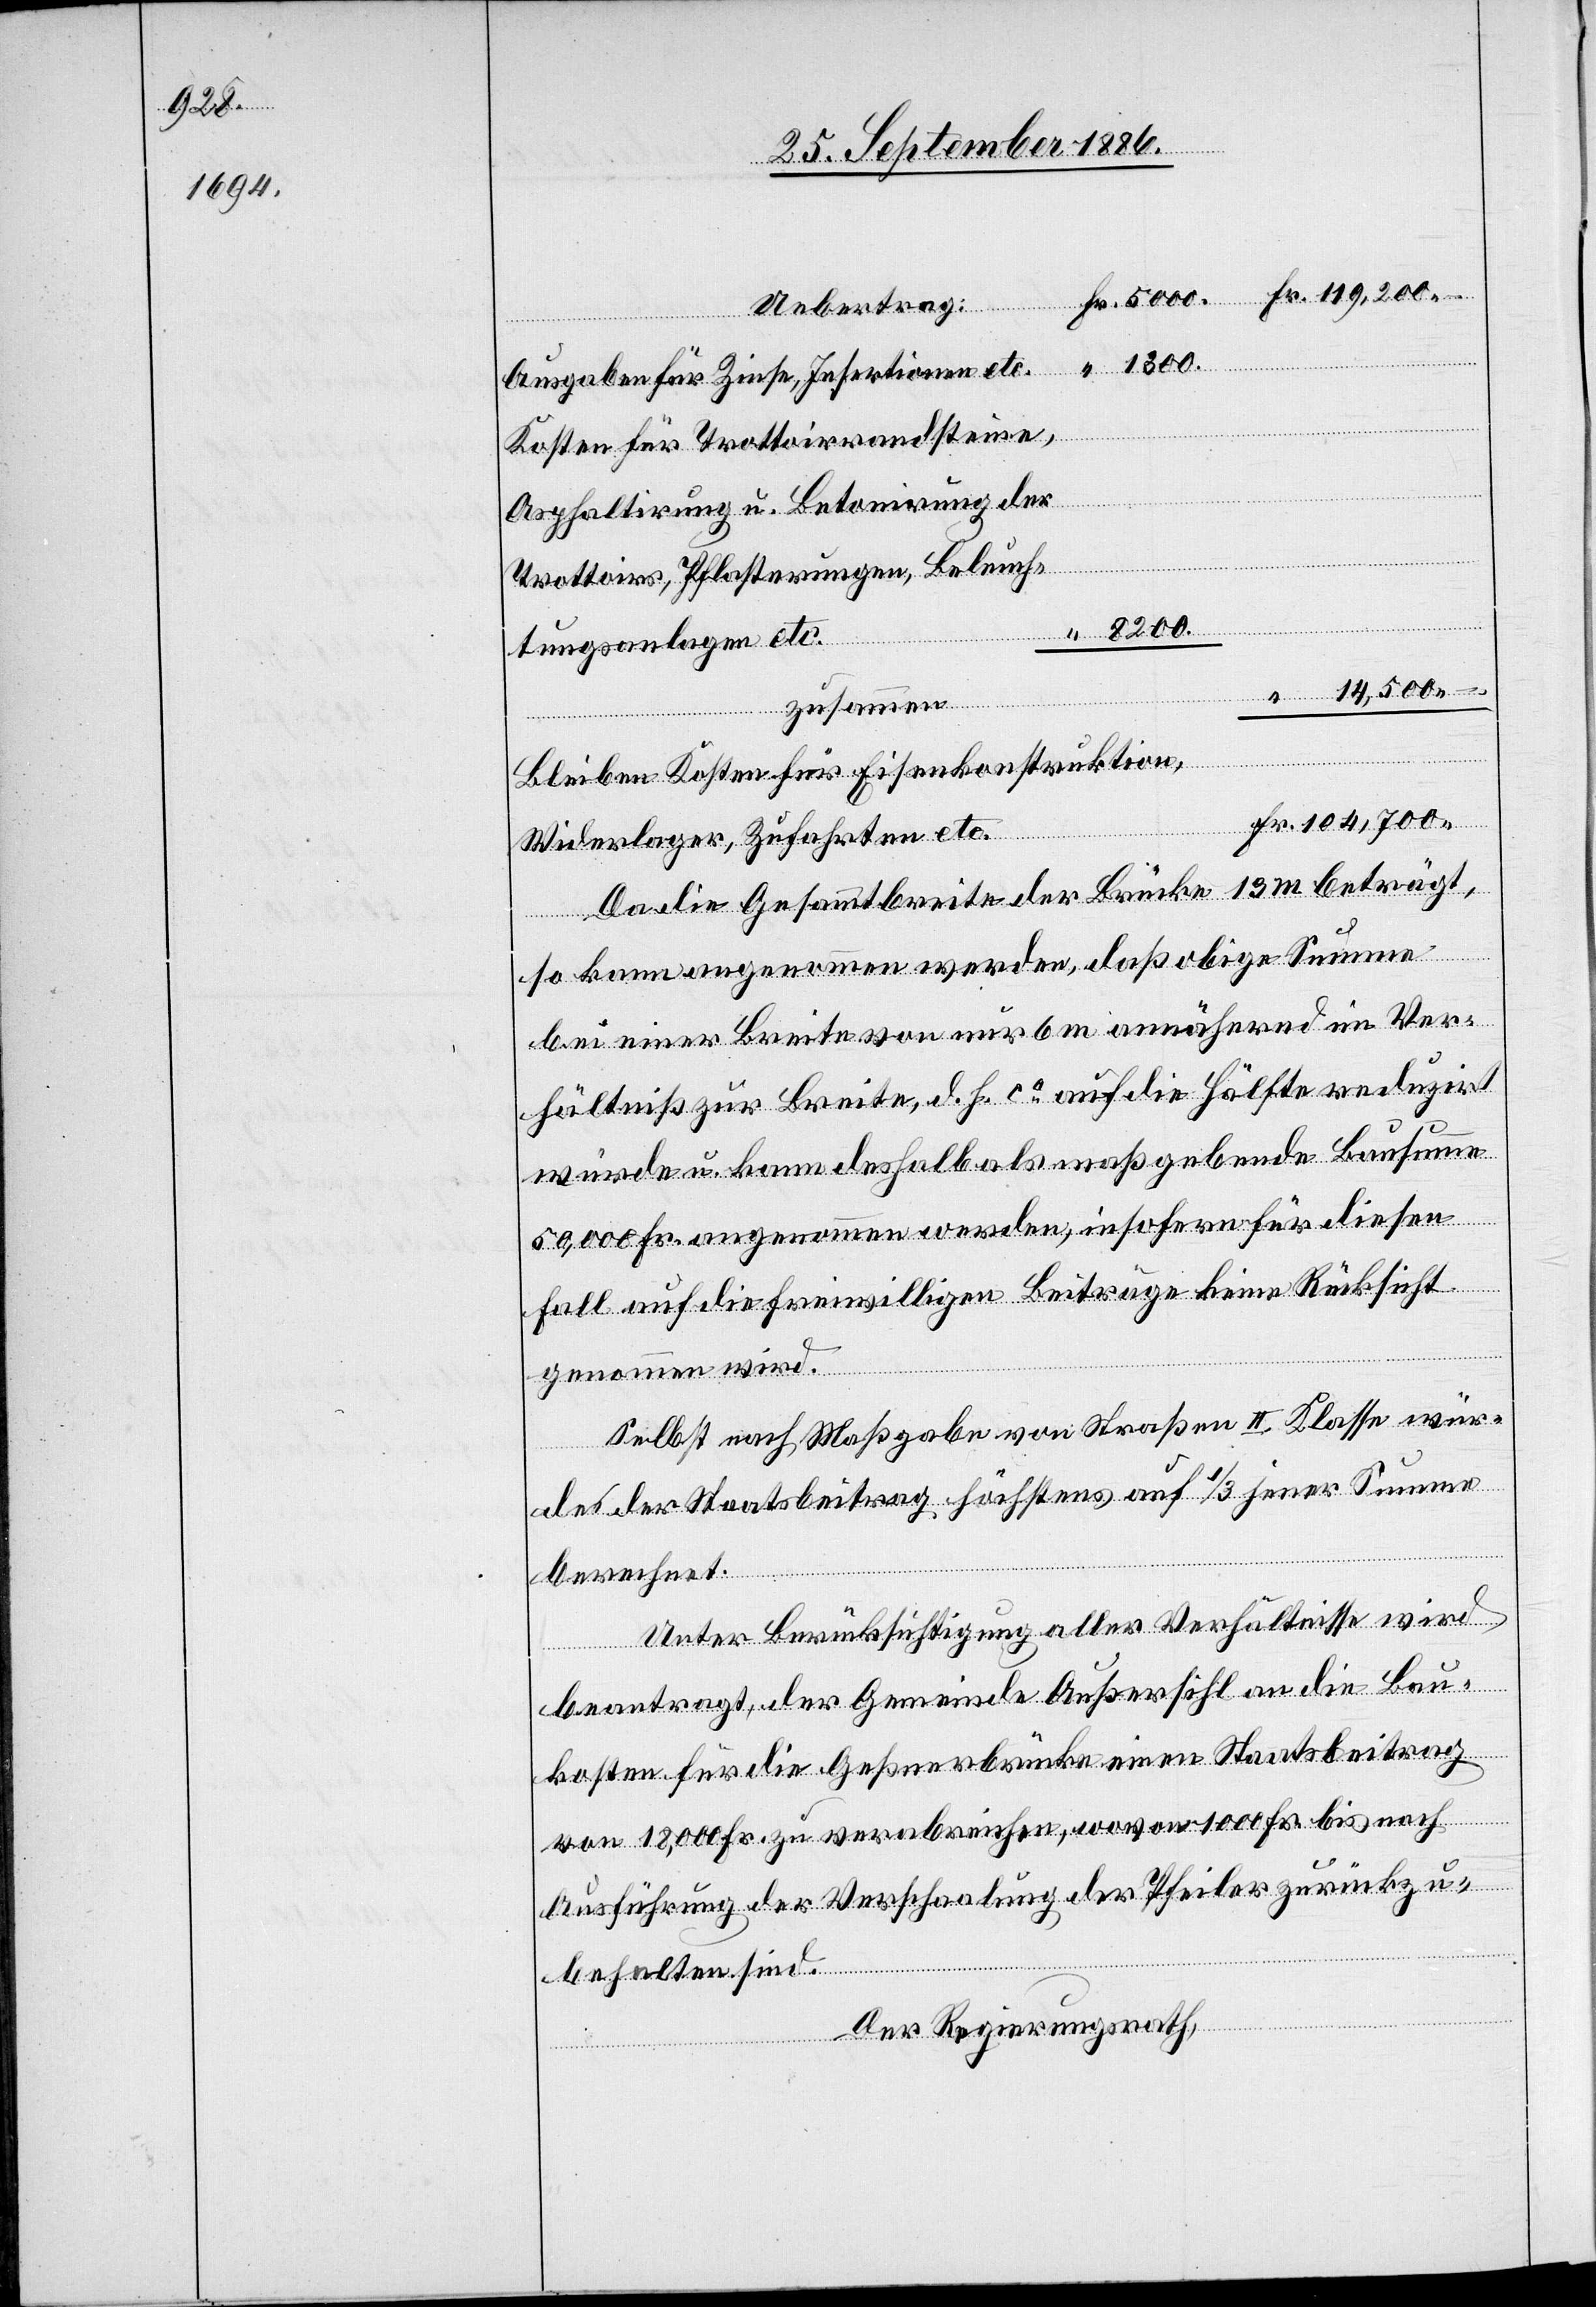
1300.

Ausgaben für Zinse, Insertionen etc.
Kosten für Trottoirrandsteine,
Fr.
Asphaltirung u. Betonirung der
Uebertrag
Trottoirs, Pflasterungen, Beleuch¬
tungsanlagen etc.
zusammen
–
Bleiben Kosten für Eisenkonstruktion,
Widerlager, Zufahrten etc.
Da die Gesammtbreite der Brücke 13 m beträgt,
so kann angenommen werden, daß obige Summe
bei einer Breite von nur 6 m annähernd im Ver¬
hältniß zur Breite, d. h. ca auf die Hälfte reduzirt
würde u. kann deshalb als maßgebende Bausumme
50,000 Fr. angenommen werden, insofern für diesen
Fall auf die freiwilligen Beiträge keine Rücksicht
genommen wird.
Selbst nach Maßgabe von Straßen II. Kl. wür¬
de der Staatsbeitrag höchstens auf 1/3 jener Summe
berechnet.
Unter Berücksichtigung aller Verhältnisse wird
beantragt, der Gemeinde Außersihl an die Bau¬
kosten für die Geßnerbrücke einen Staatsbeitrag
von 18,000 Fr. zu verabreichen, wovon 1000 Fr. bis nach
Ausführung der Verschaalung der Pfeiler zurückzu¬
behalten sind.
Der Regierungsrath,